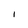
Character: I